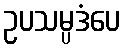
ဥပသမ္ပဒံပေ